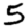
Digit: 5